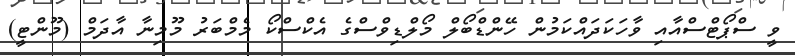
ވީ ސްޕޯޓްސްއާއި ވާހަކަދައްކަމުން ހޭންޑްބޯލް މޯލްޑިވްސްގެ އެކްސްކޯ މެމްބަރު މޫމިނާ އާދަމް (މޫންޓީ)